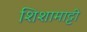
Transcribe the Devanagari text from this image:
शिशामाट्टी